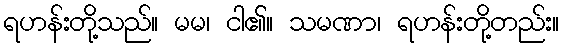
ရဟန်းတို့သည်။ မမ၊ ငါ၏။ သမဏာ၊ ရဟန်းတို့တည်း။